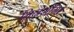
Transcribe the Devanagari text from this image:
मिनेसाँगर